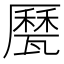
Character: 㽁